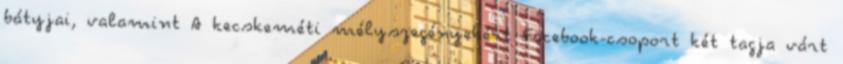
bátyjai, valamint A kecskeméti mélyszegényekért Facebook-csoport két tagja várt